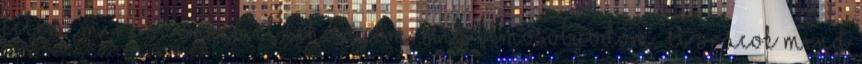
felém, mire szemeimet lehunyom, míg elmosolyodom. A srácok mind